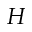
H